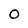
Character: 0